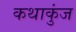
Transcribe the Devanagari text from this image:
कथाकुंज